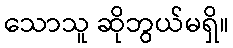
သောသူ ဆိုဘွယ်မရှိ။